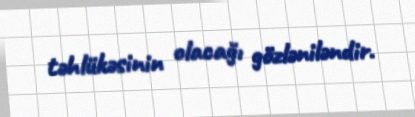
təhlükəsinin olacağı gözləniləndir.